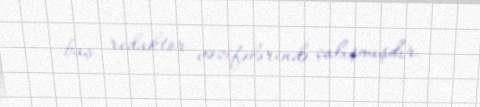
baş redaktor vəzifələrində çalışmışdır.